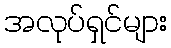
အလုပ်ရှင်များ